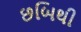
છબિથી